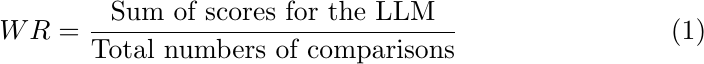
\begin{equation}
WR = \frac{\text{Sum of scores for the LLM}}{\text{Total numbers of comparisons}}
\end{equation}